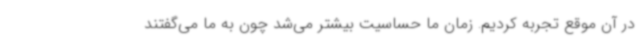
در آن موقع تجربه کردیم. زمان ما حساسیت بیشتر می‌شد چون به ما می‌گفتند